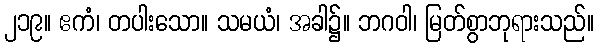
၂၁၉။ ဧကံ၊ တပါးသော။ သမယံ၊ အခါ၌။ ဘဂဝါ၊ မြတ်စွာဘုရားသည်။